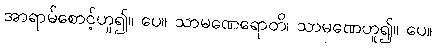
အာရာမ်စောင့်ဟူ၍။ ပေ။ သာမဏေရောတိ၊ သာမဏေဟူ၍။ ပေ။